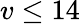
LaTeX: v\leq 14